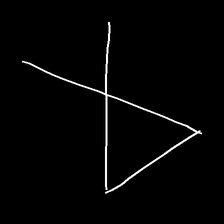
Glyph: collection